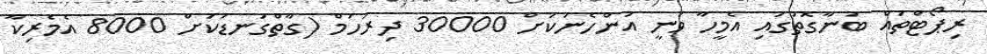
ރިޕޯޓްތައް ބުނާގޮތުގައި އެމީހާ ވަނީ އަންހެނަކަށް 30000 ދިރުހަމް (ގާތްގަނޑަކަށް 8000 އެމެރިކާ